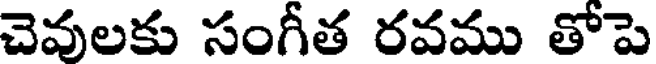
చెవులకు సంగీత రవము తోపె